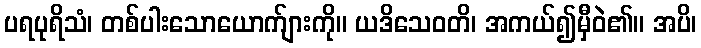
ပရပုရိသံ၊ တစ်ပါးသောယောက်ျားကို။ ယဒိသေဝတိ၊ အကယ်၍မှီဝဲ၏။ အပိ၊